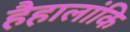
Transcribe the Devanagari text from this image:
हैहालांकि